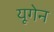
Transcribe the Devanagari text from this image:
यूगेन